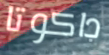
داكوتا